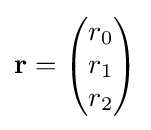
\mathbf {r} ={\begin{pmatrix}r_{0}\\r_{1}\\r_{2}\end{pmatrix}}